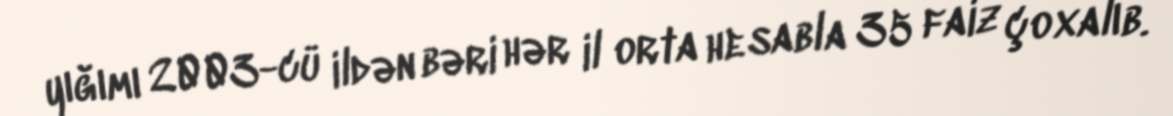
yığımı 2003-cü ildən bəri hər il orta hesabla 35 faiz çoxalıb.